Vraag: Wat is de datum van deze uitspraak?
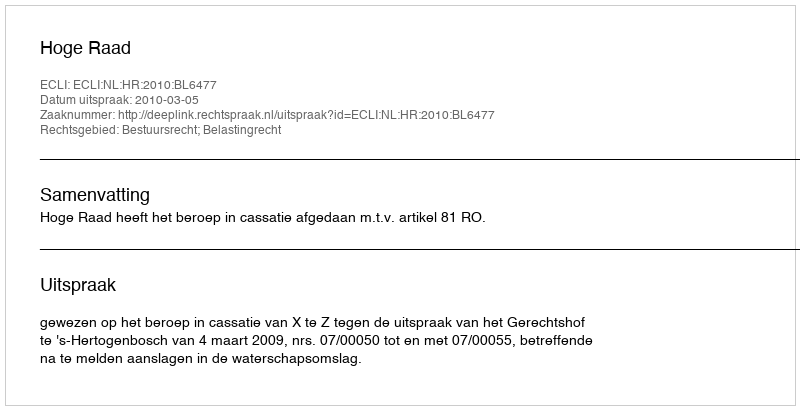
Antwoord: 2010-03-05